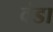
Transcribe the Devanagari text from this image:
वंडा